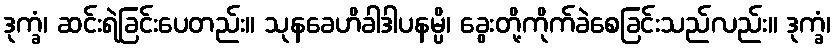
ဒုက္ခံ၊ ဆင်းရဲခြင်းပေတည်း။ သုနခေဟိခါဒါပနမ္ပိ၊ ခွေးတို့ကိုက်ခဲစေခြင်းသည်လည်း။ ဒုက္ခံ၊